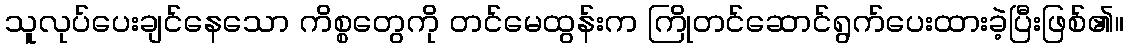
သူလုပ်ပေးချင်နေသော ကိစ္စတွေကို တင်မေထွန်းက ကြိုတင်ဆောင်ရွက်ပေးထားခဲ့ပြီးဖြစ်၏။